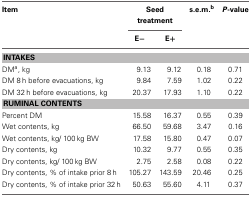
<table><thead><tr><td><b>Item</b></td><td colspan="2"><b>Seed treatment</b></td><td><b>s.e.m.<sup>b</sup></b></td><td><b><i>P</i>-value</b></td></tr><tr><td></td><td><b>E−</b></td><td><b>E+</b></td><td></td><td></td></tr></thead><tbody><tr><td colspan="5"><b>INTAKES</b></td></tr><tr><td>DM<sup>a</sup>, kg</td><td>9.13</td><td>9.12</td><td>0.18</td><td>0.71</td></tr><tr><td>DM 8 h before evacuations, kg</td><td>9.84</td><td>7.59</td><td>1.02</td><td>0.22</td></tr><tr><td>DM 32 h before evacuations, kg</td><td>20.37</td><td>17.93</td><td>1.10</td><td>0.22</td></tr><tr><td colspan="5"><b>RUMINAL CONTENTS</b></td></tr><tr><td>Percent DM</td><td>15.58</td><td>16.37</td><td>0.55</td><td>0.39</td></tr><tr><td>Wet contents, kg</td><td>66.50</td><td>59.68</td><td>3.47</td><td>0.16</td></tr><tr><td>Wet contents, kg/100 kg BW</td><td>17.58</td><td>15.80</td><td>0.47</td><td>0.07</td></tr><tr><td>Dry contents, kg</td><td>10.32</td><td>9.77</td><td>0.55</td><td>0.35</td></tr><tr><td>Dry contents, kg/100 kg BW</td><td>2.75</td><td>2.58</td><td>0.08</td><td>0.22</td></tr><tr><td>Dry contents, % of intake prior 8 h</td><td>105.27</td><td>143.59</td><td>20.46</td><td>0.25</td></tr><tr><td>Dry contents, % of intake prior 32 h</td><td>50.63</td><td>55.60</td><td>4.11</td><td>0.37</td></tr></tbody></table>